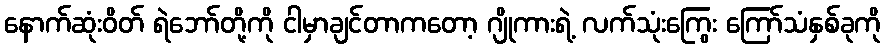
နောက်ဆုံးဝိတ် ရဲဘော်တို့ကို ငါမှာချင်တာကတော့ ဂျိုကားရဲ့ လက်သုံးကြွေး ကြော်သံနှစ်ခုကို